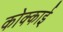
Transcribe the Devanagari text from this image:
कोक्काई